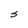
Character: S